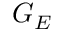
G _ { E }